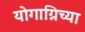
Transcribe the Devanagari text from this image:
योगाग्निच्या